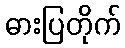
ဓားပြတိုက်